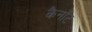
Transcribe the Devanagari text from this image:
कैनाँट